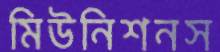
মিউনিশনস